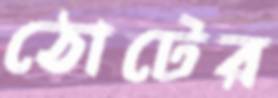
ঠোটের